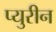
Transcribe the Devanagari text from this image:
प्युरीन